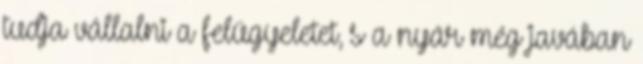
tudja vállalni a felügyeletet, s a nyár még javában